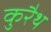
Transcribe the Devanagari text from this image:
कुरैथ